system: You are a helpful assistant.
user:
Analyze the provided spectrum to determine if it is a **S-type Star**.

- **Key Indicators for S-type Star:**

    - **(Overall Spectrum Shape):** The first and most obvious characteristic is the overall continuum (the "baseline" shape). It is **extremely "red-sloping,"** meaning the flux (light intensity) is very low on the left side (blue, ~4000-4500 Å) and rises steeply and continuously toward the right side (red, ~7000 Å+).

    - **(Primary):** The spectrum is defined by the presence of strong, broad molecular absorption "valleys" (bands) from **Zirconium Oxide (ZrO)**. The identification of these bands is the **primary requirement** for classifying a star as S-type.
        - **(Key Bandheads):** You must find distinct, deep "dips" where the light has been absorbed. The most critical band systems to locate are:
            - **~6474 Å** ($\gamma$-system): This is often the strongest and clearest ZrO feature, found in the red part of the spectrum.
            - **~5718 Å** & **~5551 Å** ($\beta$-system): A pair of prominent absorption features in the yellow-orange part of the spectrum.
            - **~4640 Å** ($\alpha$-system): A key absorption band system in the blue-green region of the spectrum.

    - **(Secondary Confirmation):** The classification is strengthened by finding additional absorption bands from other related heavy element oxides, which are expected to be present alongside ZrO.
        - **(Key Bandheads):**
            - **Yttrium Oxide (YO):** Look for absorption dips near **~4800 Å** and **~6100 Å**.
            - **Lanthanum Oxide (LaO):** Additional absorption features, particularly in the red-orange part of the spectrum, are also characteristic.

    - **(Line Profile):** The combination of the steep red continuum and these numerous, deep molecular bands (ZrO, YO, etc.) gives the entire spectrum a very **"chopped-up"** or **"bumpy"** appearance. Instead of a smooth curve, the spectrum looks as though large, wide chunks of light have been "carved out" of it at the specific wavelengths listed above.

Think first, call **spectral_visualization_tool** if needed to examine features in detail, then provide your final answer. Your response must adhere to the following strict rules:
1.  **Overall Structure:** Your response must follow the format `<think>...</think> <tool_call>...</tool_call> (if a tool is used) <answer>...</answer>`.
2.  **Tool Usage Constraint:** You may only make **one** tool call per turn.
3.  **Final Answer Format:** In the `<answer>` tag, your conclusion must be inside a `\boxed{}` command (e.g., `\boxed{YES}` or `\boxed{NO}`), followed by your justification.

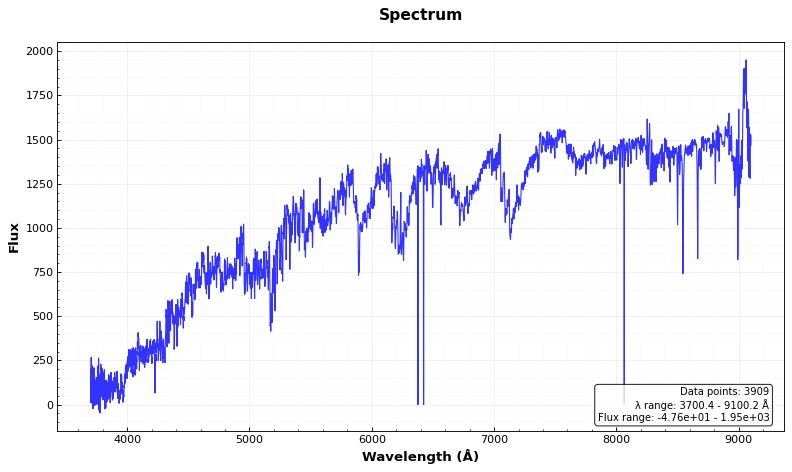
Answer: NO